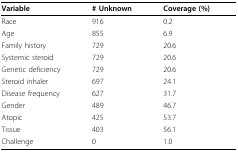
<table><thead><tr><td><b>Variable</b></td><td><b># Unknown</b></td><td><b>Coverage (%)</b></td></tr></thead><tbody><tr><td>Race</td><td>916</td><td>0.2</td></tr><tr><td>Age</td><td>855</td><td>6.9</td></tr><tr><td>Family history</td><td>729</td><td>20.6</td></tr><tr><td>Systemic steroid</td><td>729</td><td>20.6</td></tr><tr><td>Genetic deficiency</td><td>729</td><td>20.6</td></tr><tr><td>Steroid inhaler</td><td>697</td><td>24.1</td></tr><tr><td>Disease frequency</td><td>627</td><td>31.7</td></tr><tr><td>Gender</td><td>489</td><td>46.7</td></tr><tr><td>Atopic</td><td>425</td><td>53.7</td></tr><tr><td>Tissue</td><td>403</td><td>56.1</td></tr><tr><td>Challenge</td><td>0</td><td>1.0</td></tr></tbody></table>